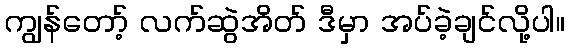
ကျွန်တော့် လက်ဆွဲအိတ် ဒီမှာ အပ်ခဲ့ချင်လို့ပါ။